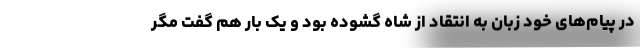
در پیام‌های خود زبان به انتقاد از شاه گشوده بود و یک بار هم گفت مگر